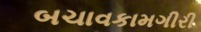
બચાવકામગીરી